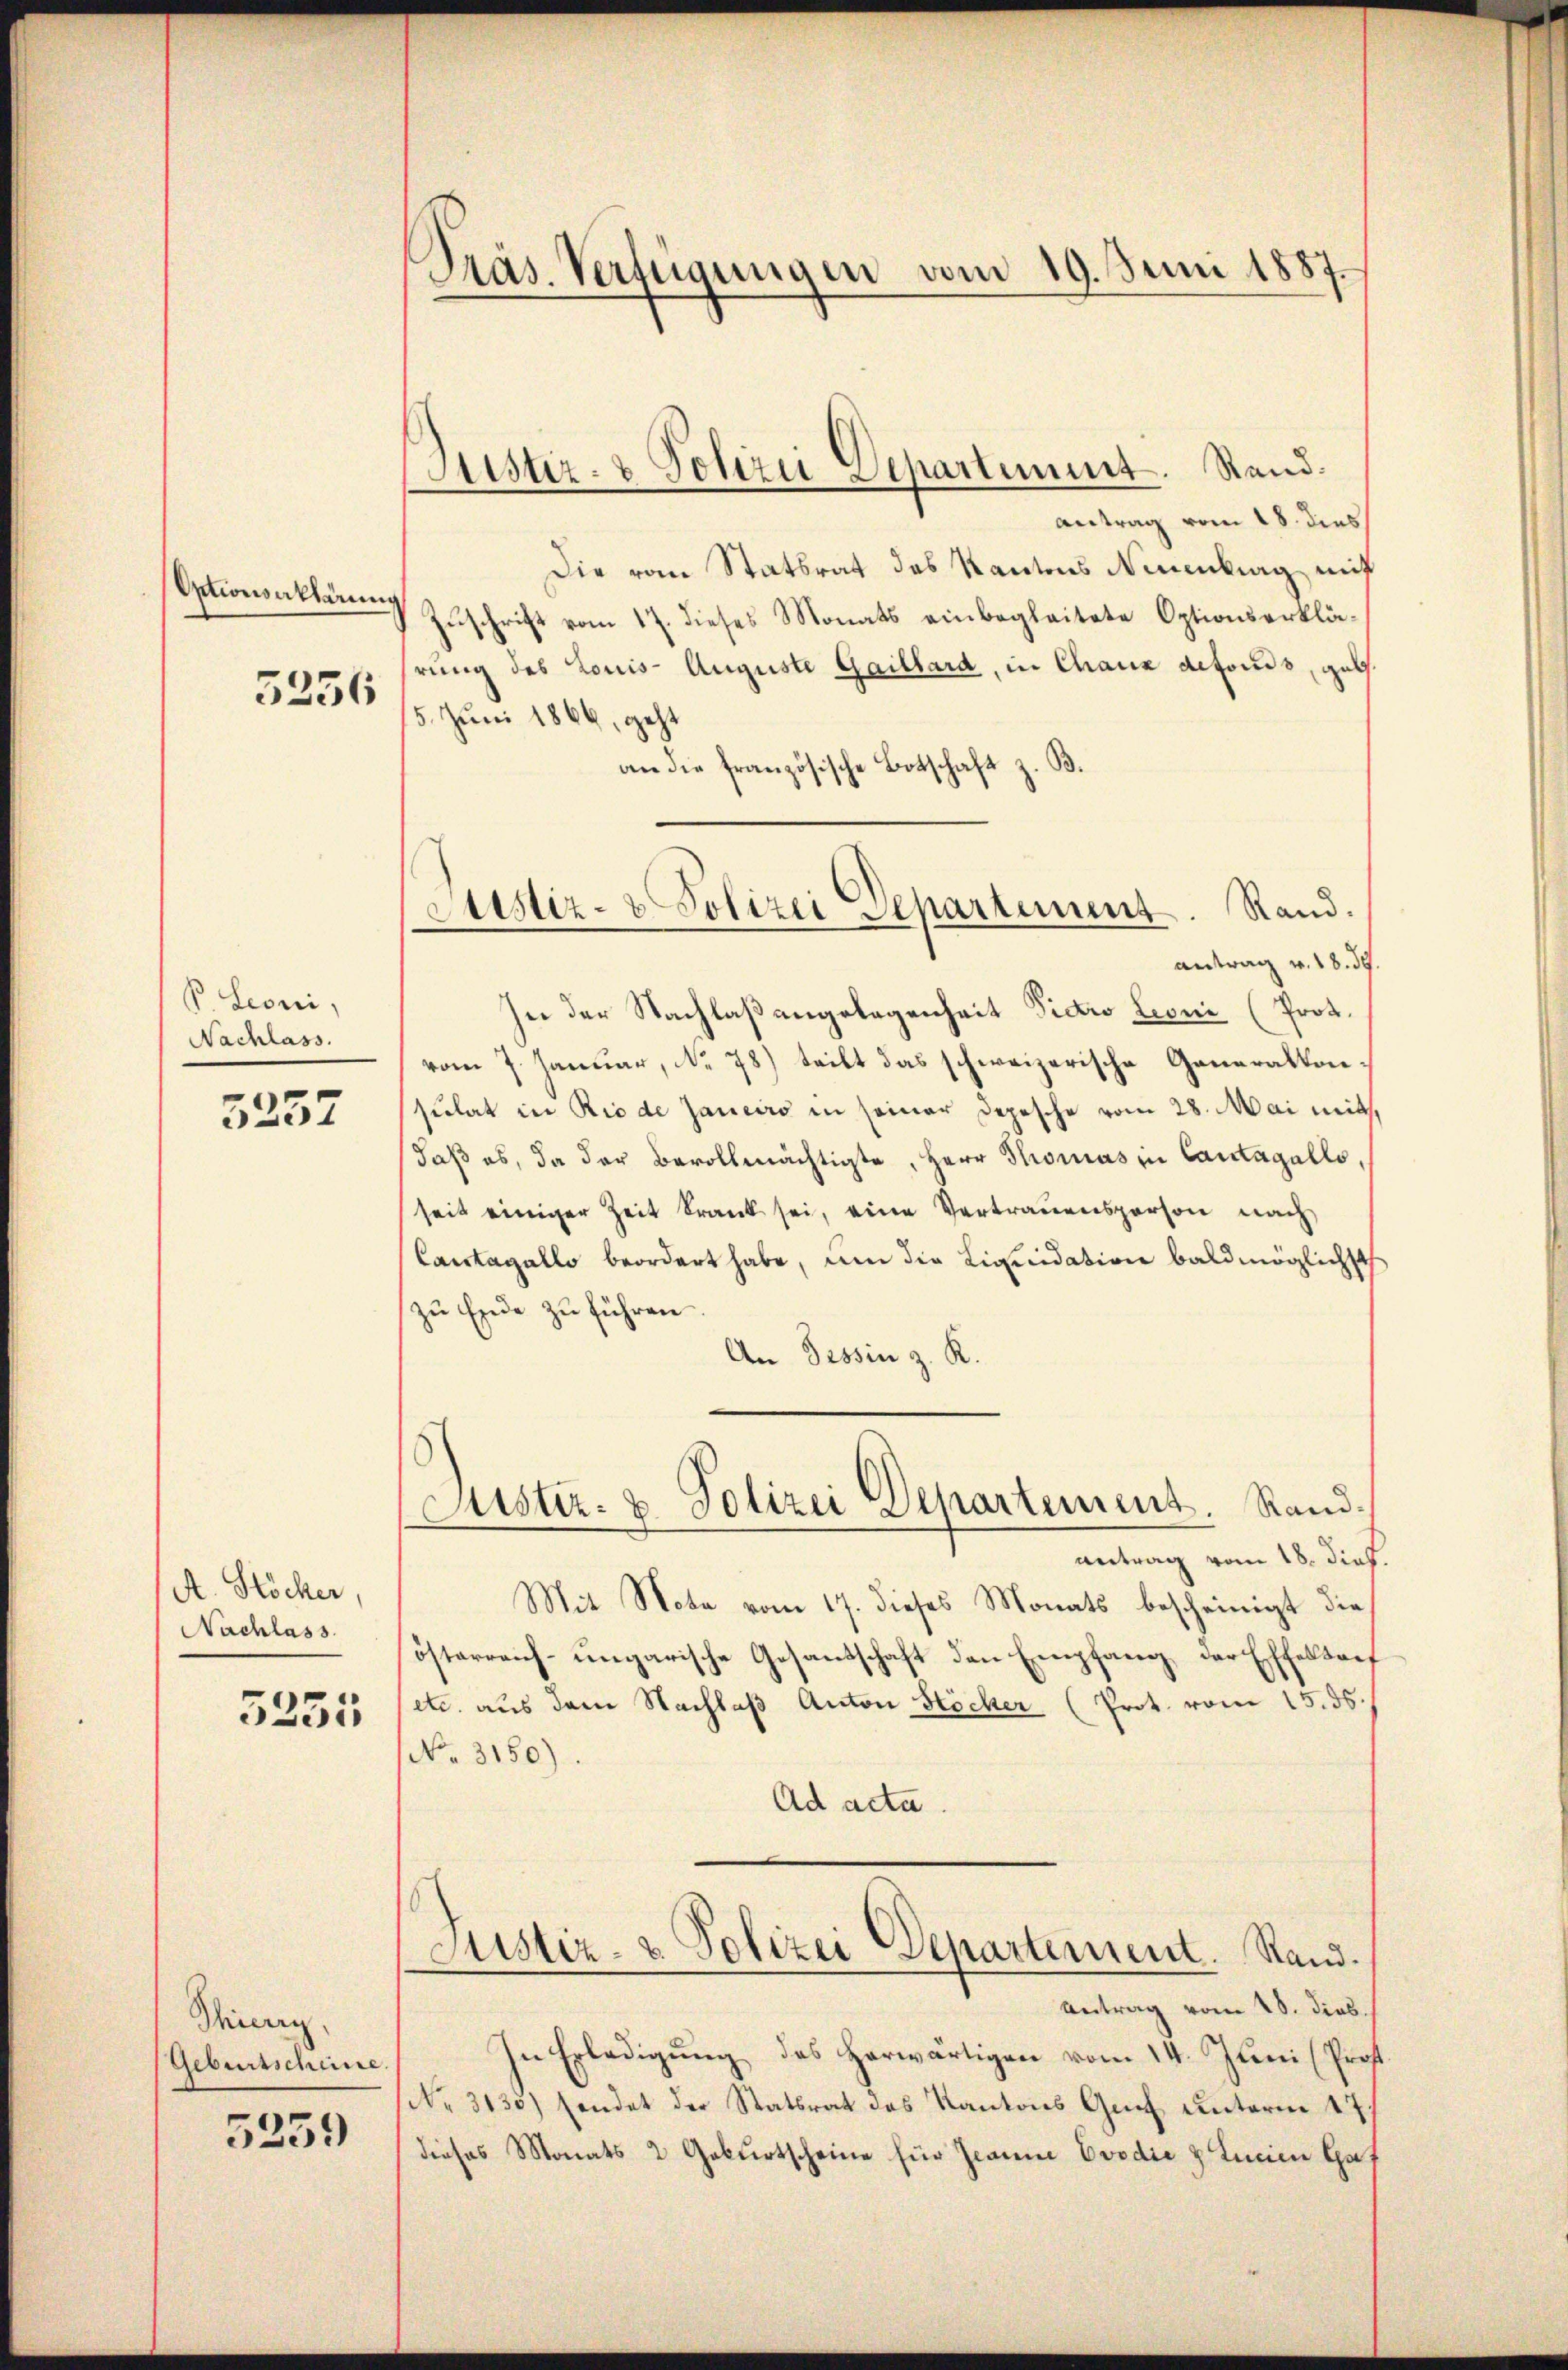
Optionserklärung

3256

P Sconi,
Nachlass.

3237

A. Stöcker,
Nachlass.
5255

Thing,
Gebursscheine

5259

Präs. Verfügungen vom 19. Juni 1887.

Justiz- & Polize Separtimmt. Rand.

Antrag vom 18. dies
Die vom Statsrat des Kantons Neuenburg mit
Zuschrift vom 17. dieses Monats einbegleitete Optionserklärung des Louis- Auguste Gaillard, in Chaux defonds, geb.
5. Juni 1866, geht
an die französische Botschaft z. B.
In der Nachlaßangelegenheit Victo Leoni (Prot.
vom 7. Januar, No. 78) teilt das schweizerische Generalkonsulat in Rio de Janeiro in seiner Depesche vom 28. Mai mit
daβ es, da der Bevollmächtigte, Herr Thomas in Cantagello,
seit einiger Zeit krank sei, eine Vertrauensperson nach
Cantagallo beordert habe, um die Liquidation baldmöglichst
zu Ende zu führen.
An Tessin z. R.
Justiz- & Polizei Departement. Randantrag vom 18. dieß.
Mit Nota vom 17. dieses Monats bescheinigt die
österreich-ungarische Gesandschaft den Empfang, der Effeltorf
etc. aus dem Nachlaß Anton Höcher (Prot. vom 15. ds.
No. 3150).
Ad acta
Justiz- & Polizei Departement. Stand.
Antrag vom 28. dies.
In Erledigŭng des herwärtigen vom 14. Juni (Prof.
(No. 3130) sendet der Statsrat des Kantons Genf unterm 17.
dieses Monats 2 Geburtscheine für Jeanne Evodić z Lucian Haf

Justiz- & Polizei Departement. Rand.
antrag v. 18. d.